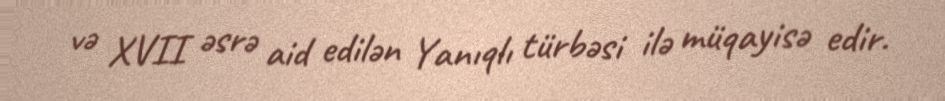
və XVII əsrə aid edilən Yanıqlı türbəsi ilə müqayisə edir.